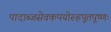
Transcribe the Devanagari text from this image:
पादाब्जसेवकपयोरुहपूतपूष्णः